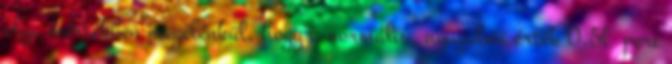
olya mértékben megélénkül, hogy a normális, nyugalmi érték 0,5l perc